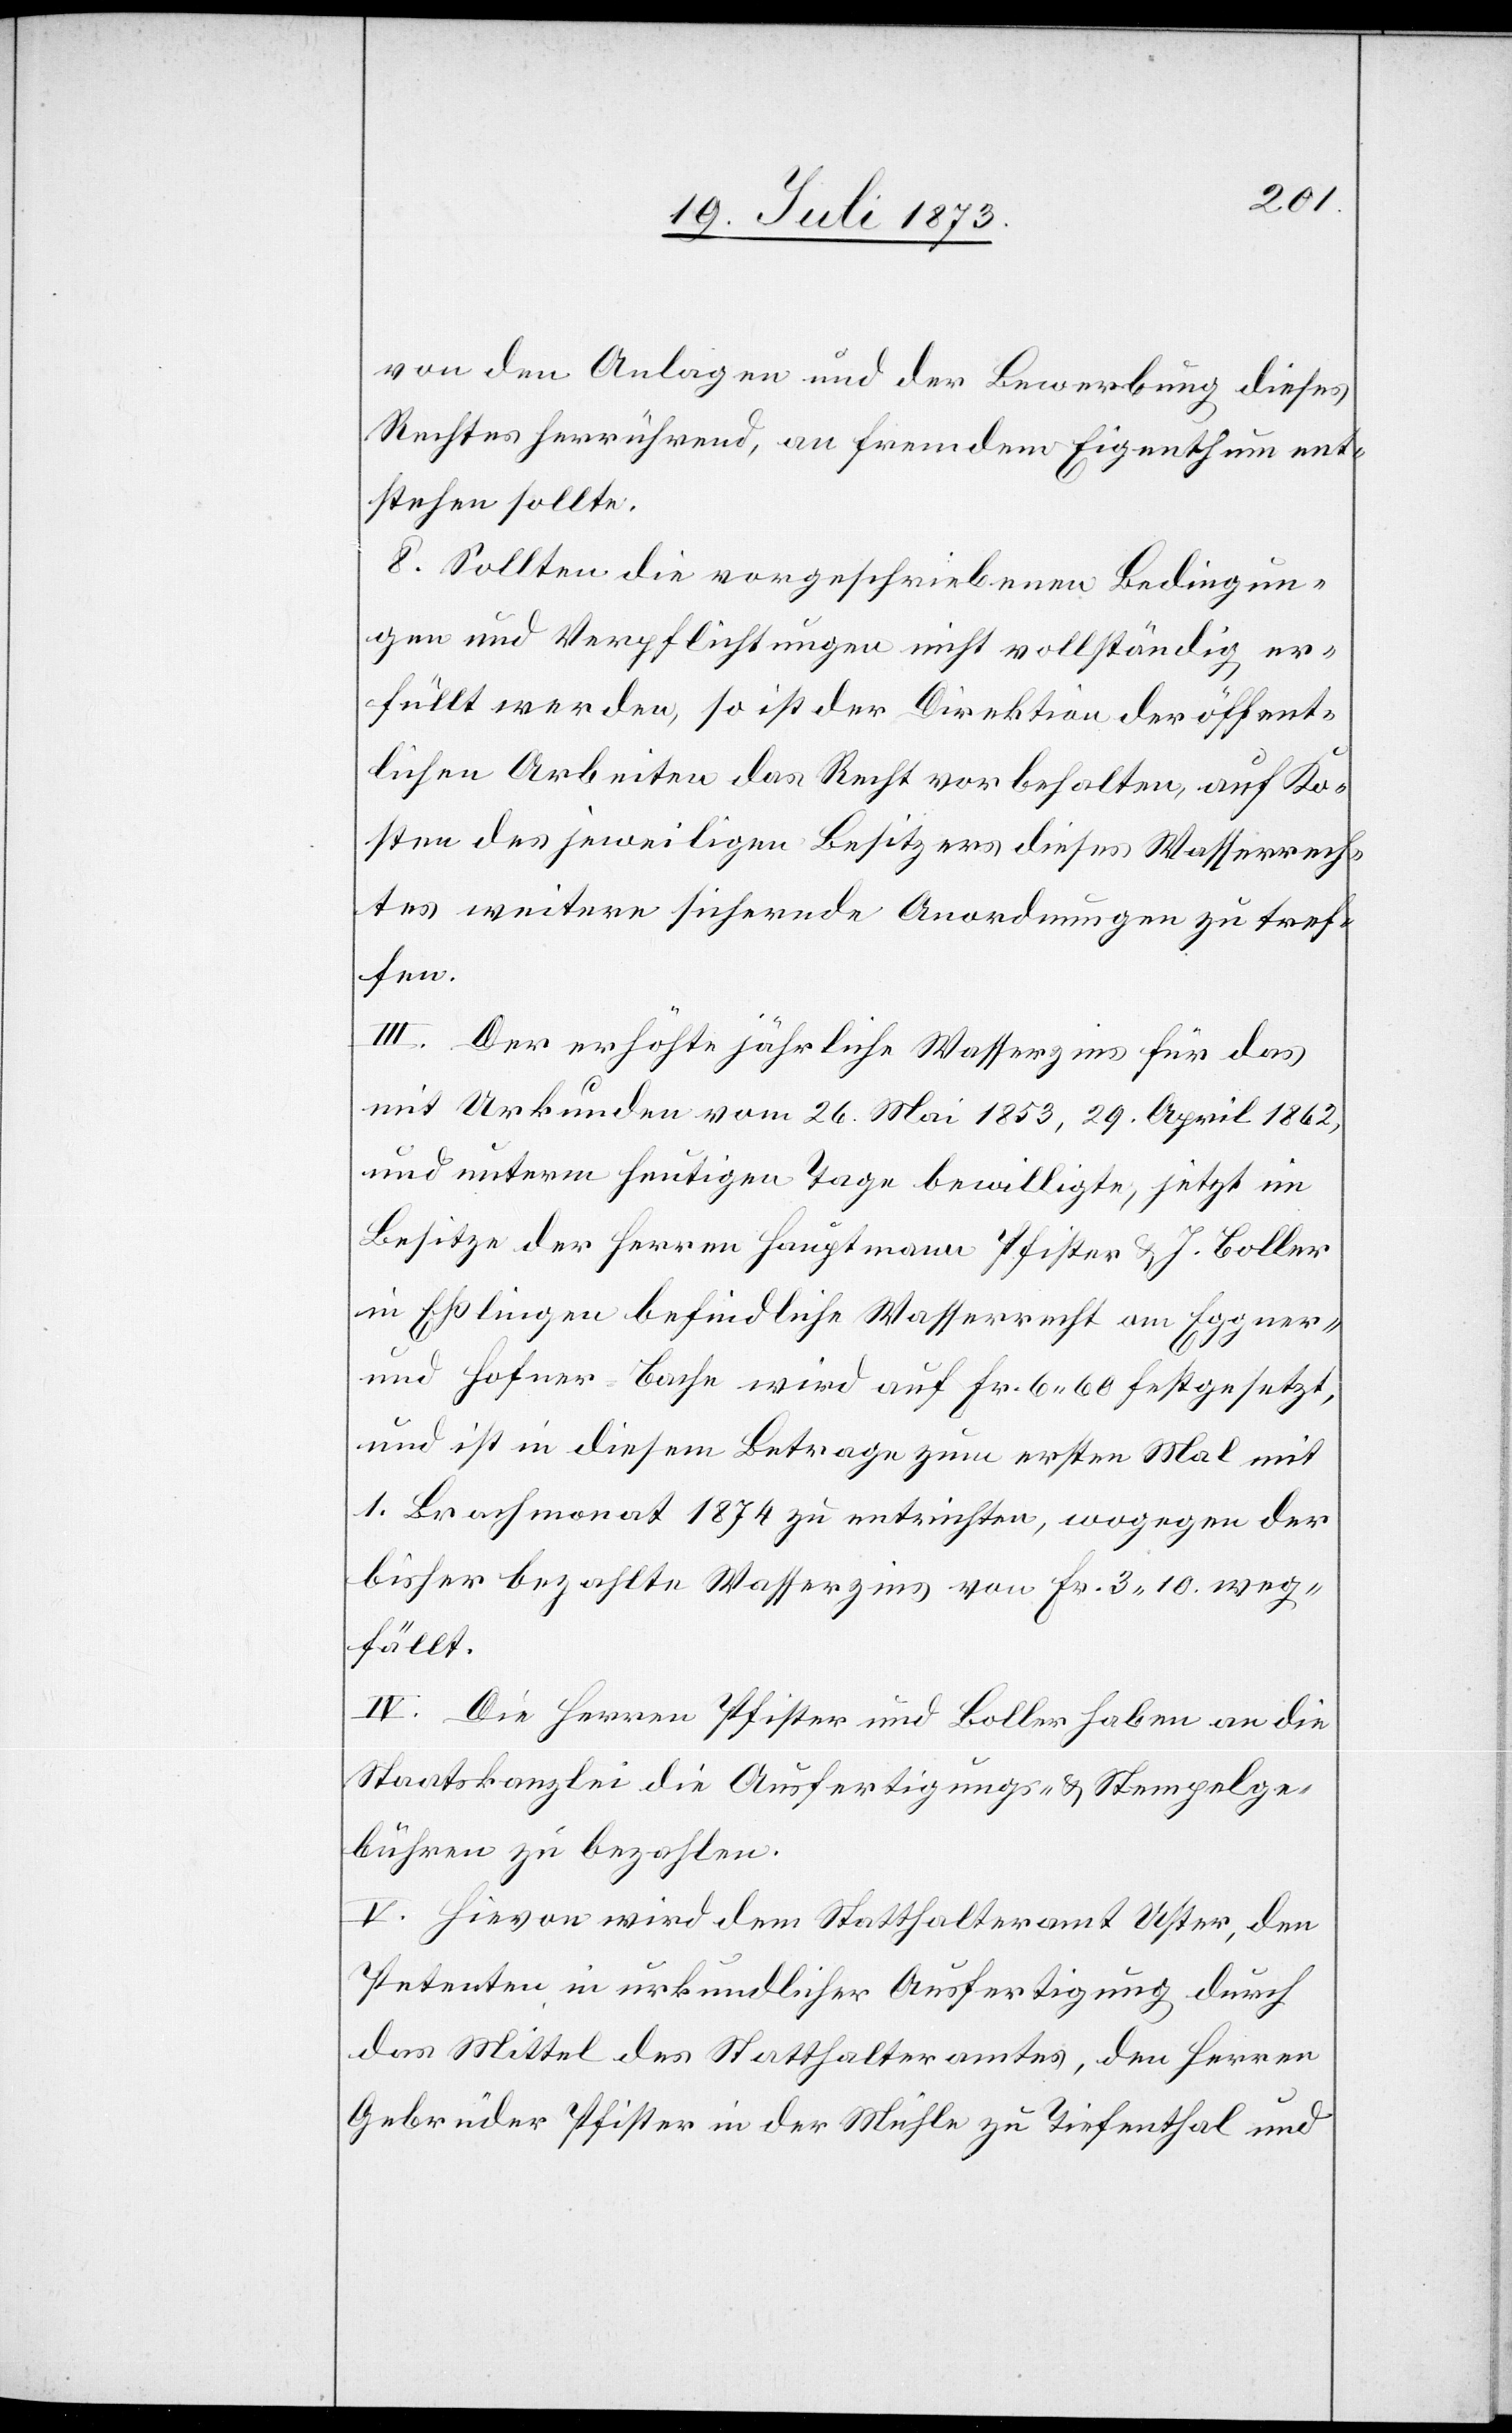
von den Anlagen und der Bewerbung dieses
Rechtes herrührend, an fremdem Eigenthum ent¬
stehen sollte.
8. Sollten die vorgeschriebenen Bedingun¬
gen und Verpflichtungen nicht vollständig er¬
füllt werden, so ist der Direktion der öffent¬
lichen Arbeiten das Recht vorbehalten, auf Ko¬
sten des jeweiligen Besitzers dieses Wasserrech¬
tes weitere sichernde Anordnungen zu tref¬
fen.
III. Der erhöhte jährliche Wasserzins für das
mit Urkunden vom 26. Mai 1853, 29. April 1862,
und unterm heutigen Tage bewilligte, jetzt im
Besitze der Herren Hauptmann Pfister & J. Boller
in Eßlingen befindliche Wasserrecht am Eggner-
und Hofner-Bache wird auf Fr. 6 60 festgesetzt,
und ist in diesem Betrage zum ersten Mal mit
1. Brachmonat 1874 zu entrichten, wogegen der
bisher bezahlte Wasserzins von Fr. 3 10. weg¬
fällt.
IV. Die Herren Pfister und Boller haben an die
Staatskanzlei die Ausfertigungs- & Stempelge¬
bühren zu bezahlen.
V. Hievon wird dem Statthalteramt Uster, den
Petenten in urkundlicher Ausfertigung durch
das Mittel des Statthalteramtes, den Herren
Gebrüder Pfister in der Mühle zu Tiefenthal und